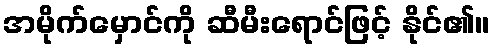
အမိုက်မှောင်ကို ဆီမီးရောင်ဖြင့် နိုင်၏။